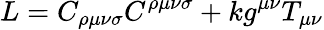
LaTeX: L=C_{\rho\mu\nu\sigma}C^{\rho\mu\nu\sigma}+kg^{\mu\nu}T_{\mu\nu}